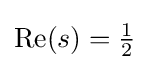
{\textstyle \mathrm {Re} (s)={\frac {1}{2}}}